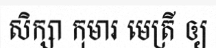
សិក្សា កុមារ មេត្រី ឲ្យ